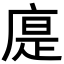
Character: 𢉴